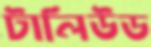
টালিউড